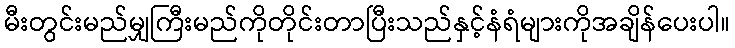
မီးတွင်းမည်မျှကြီးမည်ကိုတိုင်းတာပြီးသည်နှင့်နံရံများကိုအချိန်ပေးပါ။